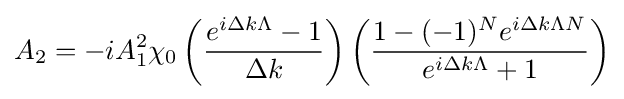
A_{2}=-iA_{1}^{2}\chi _{0}\left({\frac {e^{i\Delta k\Lambda }-1}{\Delta k}}\right)\left({\frac {1-(-1)^{N}e^{i\Delta k\Lambda N}}{e^{i\Delta k\Lambda }+1}}\right)